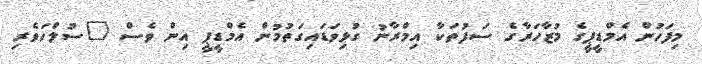
މިފަހުން އެމްޑީޕީގެ މުޒާހަރާގެ ސަފުތަކާ އިމްރާނު ގުޅިވަޑައިގަތުމުން އެމްޑީޕީ އިން ވެސް "ސުލްހަވެރި